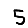
Digit: 5